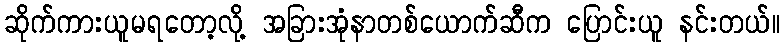
ဆိုက်ကားယူမရတော့လို့ အခြားအုံနာတစ်ယောက်ဆီက ပြောင်းယူ နင်းတယ်။